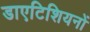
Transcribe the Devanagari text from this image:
डाएटिशियनों